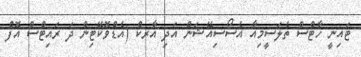
ޓައިނީ ހާޓްސް ތެލަސީމިއާ އެސޯސިއޭޝަން އަދި އާރކް (އެޑްވޮކޭޓިން ދަ ރައިޓްސް އޮފް